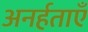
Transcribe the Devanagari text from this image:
अनर्हताएँ